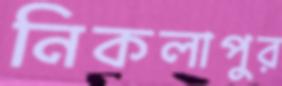
নিকলাপুর